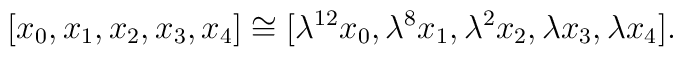
[x_0,x_1,x_2,x_3,x_4] \cong [\lambda^{12}x_0,\lambda^8x_1,     \lambda^2x_2,\lambda x_3,\lambda x_4].